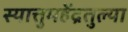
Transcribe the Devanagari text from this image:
स्यात्तुमहेंद्रतुल्या